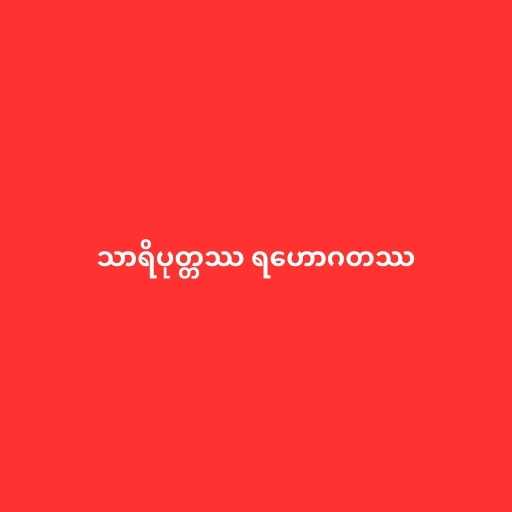
သာရိပုတ္တဿ ရဟောဂတဿ